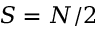
S = N / 2